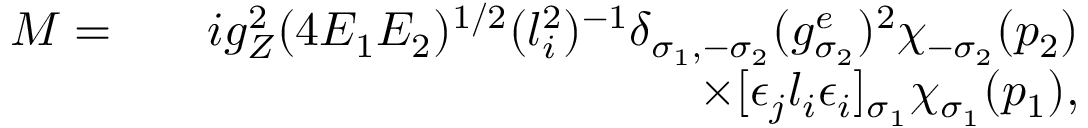
\begin{array} { r l r } { { \cal M } = } & { } & { i g _ { Z } ^ { 2 } ( 4 E _ { 1 } E _ { 2 } ) ^ { 1 / 2 } ( l _ { i } ^ { 2 } ) ^ { - 1 } \delta _ { \sigma _ { 1 } , - \sigma _ { 2 } } ( g _ { \sigma _ { 2 } } ^ { e } ) ^ { 2 } \chi _ { - \sigma _ { 2 } } ( p _ { 2 } ) } \\ & { } & { \times [ \epsilon _ { j } l _ { i } \epsilon _ { i } ] _ { \sigma _ { 1 } } \chi _ { \sigma _ { 1 } } ( p _ { 1 } ) , } \end{array}